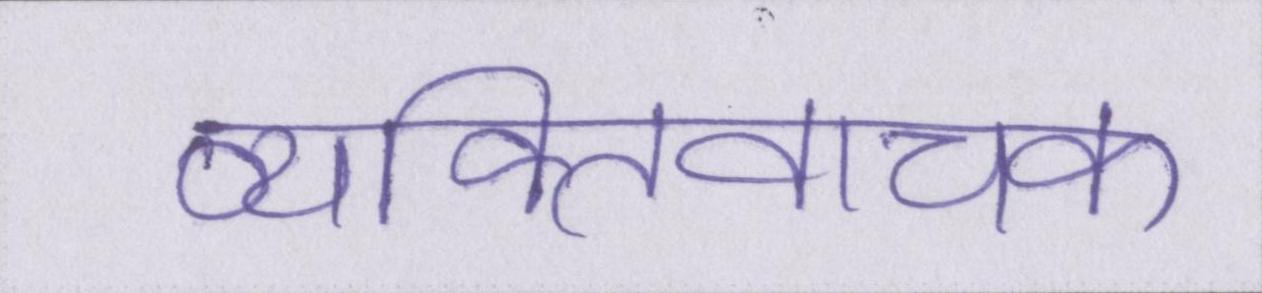
व्यक्तिवाचक